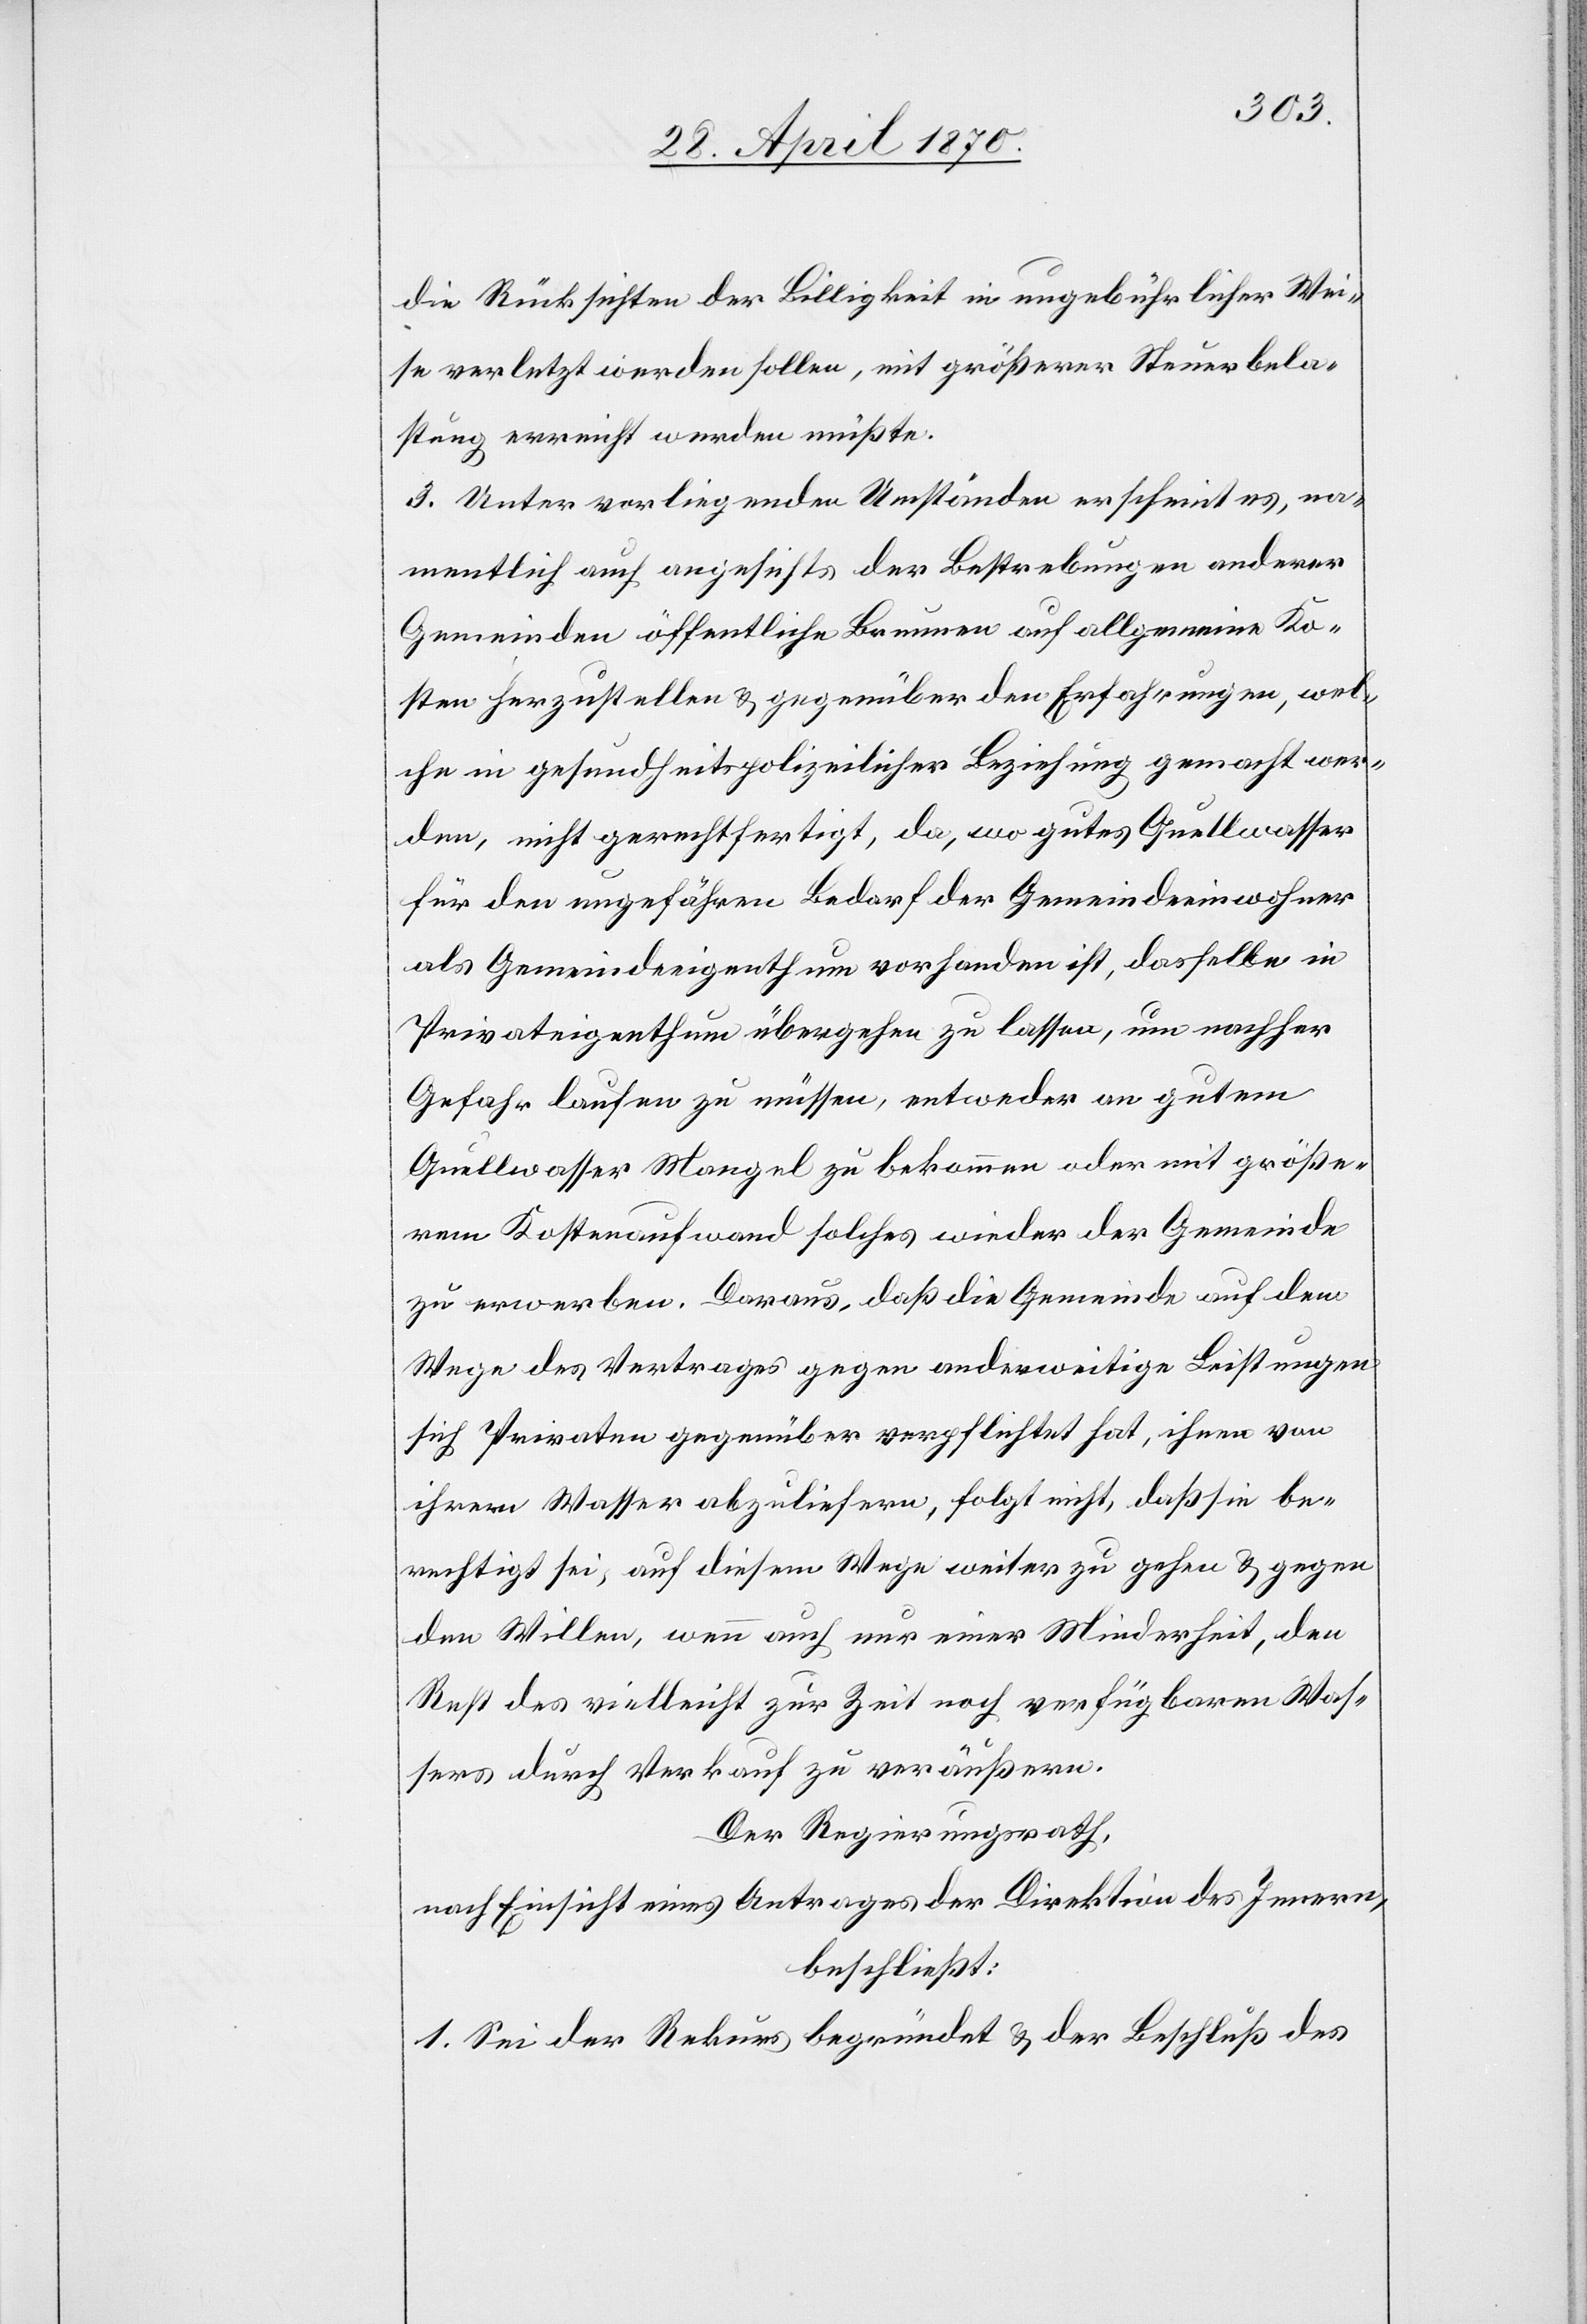
die Rücksichten der Billigkeit in ungebührlicher Wei¬
se verletzt werden sollen, mit größerer Steuerbela¬
stung erreicht werden müßte.
3. Unter vorliegenden Umständen erscheint es, na¬
mentlich auch angesichts der Bestrebungen anderer
Gemeinden öffentliche Brunnen auf allgemeine Ko¬
sten herzustellen & gegenüber den Erfahrungen, wel¬
che in gesundheitspolizeilicher Beziehung gemacht wer¬
den, nicht gerechtfertigt, da, wo gutes Quellwasser
für den ungefähren Bedarf der Gemeindeeinwohner
als Gemeindeeigenthum vorhanden ist, dasselbe in
Privateigenthum übergehen zu lassen, um nachher
Gefahr laufen zu müssen, entweder an gutem
Quellwasser Mangel zu bekommen oder mit größe¬
rem Kostenaufwand solches wieder der Gemeinde
zu erwerben. Daraus, daß die Gemeinde auf dem
Wege des Vertrages gegen anderweitige Leistungen
sich Privaten gegenüber verpflichtet hat, ihnen von
ihrem Wasser abzuliefern, folgt nicht, daß sie be¬
rechtigt sei, auf diesem Wege weiter zu gehen & gegen
den Willen, wenn auch nur einer Minderheit, den
Rest des vielleicht zur Zeit noch verfügbaren Was¬
sers durch Verkauf zu veräußern.
Der Regierungsrath,
nach Einsicht eines Antrages der Direktion des Innern,
beschließt:
1. Sei der Rekurs begründet & der Beschluß des